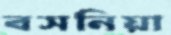
বসনিয়া